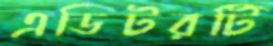
এডিটরটি